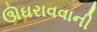
ઊઘરાવવાની